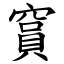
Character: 䆬